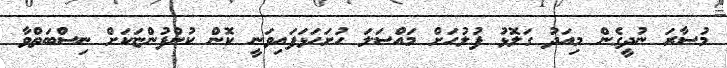
މުސާރަ ނުދީގެން މިއަދު ގަލޮޅު ފުލުހަށް މައްސަލަ ހުށަހަޅަފައިވަނީ ކޮން ކުންފުންޏަކަށް ނިސްބަތްވާ